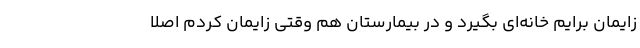
زایمان برایم خانه‌ای بگیرد و در بیمارستان هم وقتی زایمان کردم اصلا